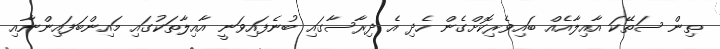
ތިން ސަތޭކަ އާއިލާއެއް ބައިވެރިކޮށްގެން ހެދި އެ ދިރާސާގައި ބުނެފައިވަނީ އާއިލާތަކުގައި މައިންބަފައިންނާއި